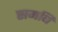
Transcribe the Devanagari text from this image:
समधि